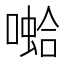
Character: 𱔝